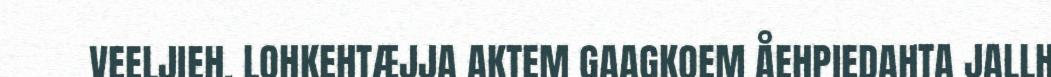
VEELJIEH. LOHKEHTÆJJA AKTEM GAAGKOEM ÅEHPIEDAHTA JALLH